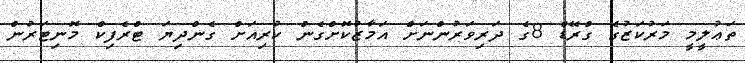
ތަޢުލީމީ މަރުކަޒުގެ ގްރޭޑް 8ގެ ދަރިވަރުންނަށް އަމާޒުކޮށްގެން ކުރިއަށް ގެންދިޔަ ޓްރެފިކް މޮނިޓަރުން